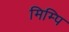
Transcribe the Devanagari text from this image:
मिम्पि